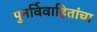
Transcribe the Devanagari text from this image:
पुनर्विवाहितांचा